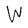
Character: W